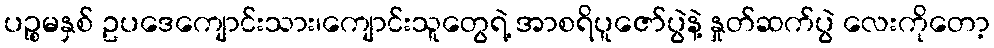
ပဉ္စမနှစ် ဥပဒေကျောင်းသား၊ကျောင်းသူတွေရဲ့ အာစရိပူဇော်ပွဲနဲ့ နှုတ်ဆက်ပွဲ လေးကိုတော့